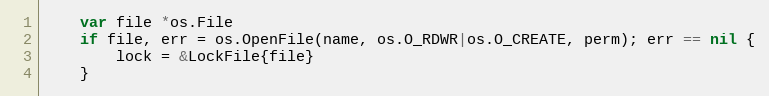
Language: Go
	var file *os.File
	if file, err = os.OpenFile(name, os.O_RDWR|os.O_CREATE, perm); err == nil {
		lock = &LockFile{file}
	}